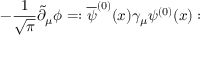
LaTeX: - { \frac { 1 } { \sqrt \pi } } \widetilde \partial _ { \mu } \phi = : \overline { { \psi } } ^ { ( 0 ) } ( x ) \gamma _ { \mu } \psi ^ { ( 0 ) } ( x ) :